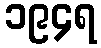
၁၉၄ရ